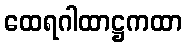
ထေရဂါထာဋ္ဌကထာ